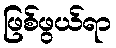
ဖြစ်ဖွယ်ရာ